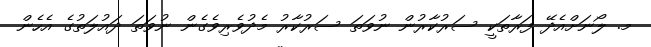
މ. ލޯނަށްއެދޭ ފަރާތަކީ ސަރުކާރުން ނުވަތަ ސަރުކާރު މެދުވެރިވެގެން ނުވަތަ ދައުލަތުގެ އެހެން